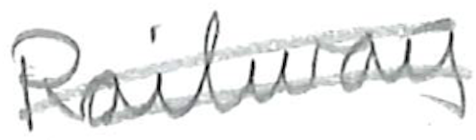
Text: Railway
Cross-out: double-line
Writing tool: pencil